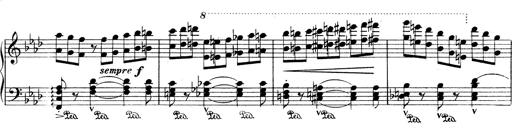
Title: Variationen Ã¼ber das Motiv von Bach
Composer: Franz Liszt